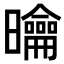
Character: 𭨑